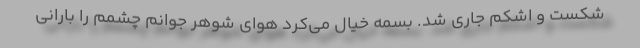
شکست و اشکم جاری شد. بسمه خیال می‌کرد هوای شوهر جوانم چشمم را بارانی